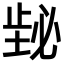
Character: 𪴸